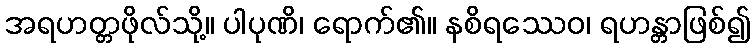
အရဟတ္တဖိုလ်သို့။ ပါပုဏိ၊ ရောက်၏။ နစိရဿေဝ၊ ရဟန္တာဖြစ်၍